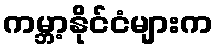
ကမ္ဘာ့နိုင်ငံများက